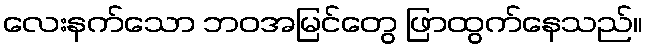
လေးနက်သော ဘဝအမြင်တွေ ဖြာထွက်နေသည်။